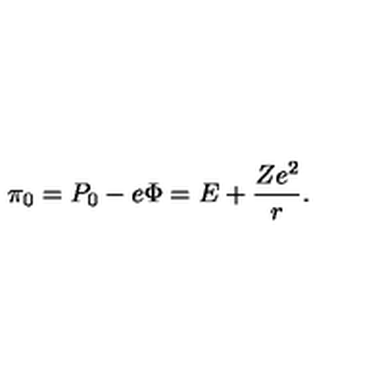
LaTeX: \pi _ { 0 } = P _ { 0 } - e \Phi = E + \frac { Z e ^ { 2 } } { r } .